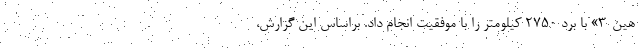
هین-۳» با برد ۲۷۵۰ کیلومتر را با موفقیت انجام داد. براساس این گزارش،